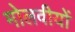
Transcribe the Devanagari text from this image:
मोलवीयों